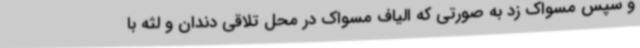
و سپس مسواک زد به صورتی که الیاف مسواک در محل تلاقی دندان و لثه با